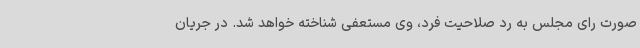
صورت رای مجلس به رد صلاحیت فرد، وی مستعفی شناخته خواهد شد. در جریان